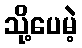
သို့ပေမဲ့